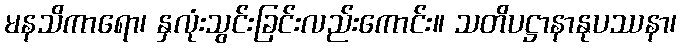
မနသိကာရော၊ နှလုံးသွင်းခြင်းလည်းကောင်း။ သတိပဋ္ဌာနာနုပဿနာ၊